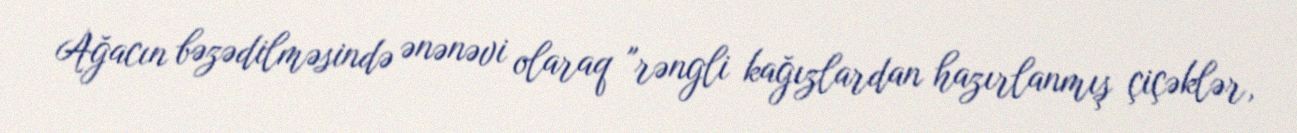
Ağacın bəzədilməsində ənənəvi olaraq "rəngli kağızlardan hazırlanmış çiçəklər,